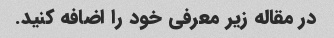
در مقاله زیر معرفی خود را اضافه کنید.